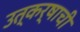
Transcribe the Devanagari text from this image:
उत्कर्षाची